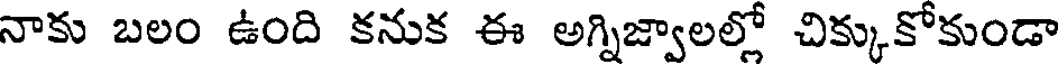
నాకు బలం ఉంది కనుక ఈ అగ్నిజ్వాలల్లో చిక్కుకోకుండా